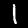
Digit: 1